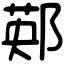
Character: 䣐